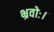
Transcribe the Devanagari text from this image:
भ्रवोः।